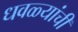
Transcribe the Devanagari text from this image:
धवळ्यांची